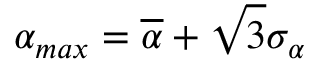
\alpha _ { m a x } = \overline { { \alpha } } + \sqrt { 3 } \sigma _ { \alpha }